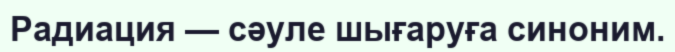
Радиация — сәуле шығаруға синоним.